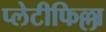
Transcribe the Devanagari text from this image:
प्लेटीफिल्ला